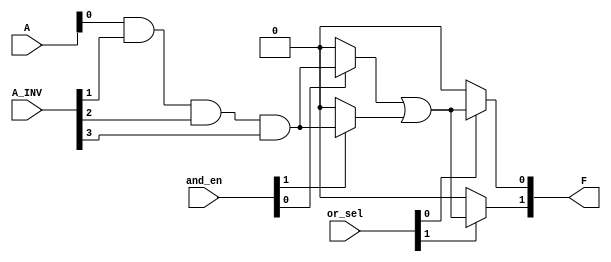
module PLA #(
    parameter NUM_INPUTS = 4,   // Number of inputs A1, A2, A3, ..., An
    parameter NUM_AND_GATES = 4, // Number of programmable AND gates
    parameter NUM_OR_GATES = 2    // Number of programmable OR gates
)(
    input wire [NUM_INPUTS-1:0] A,         // Input signals A1, A2, ..., An
    input wire [NUM_INPUTS-1:0] A_INV,     // Inverted input signals (NOT gates)
    input wire [NUM_AND_GATES-1:0] and_en, // Enable signals for AND gates
    input wire [NUM_OR_GATES-1:0] or_sel,   // Select signals for OR gates
    output wire [NUM_OR_GATES-1:0] F        // Output signals F1, F2, ..., Fk
);

// AND Gate Outputs
wire [NUM_AND_GATES-1:0] P; // Product terms from AND gates

// Generate AND gates with programmability
generate
    genvar i;
    for (i = 0; i < NUM_AND_GATES; i = i + 1) begin : and_gate_block
        assign P[i] = (and_en[i]) ? 
                       ( A[0] & (A_INV[1:0] >> 1) & (A_INV[2:0] >> 2) & (A_INV[3:0] >> 3) ) : 0;
        // The actual logic can be defined as needed. This sketch assumes control with `and_en`.
    end
endgenerate

// OR Gate Outputs
generate
    genvar j;
    for (j = 0; j < NUM_OR_GATES; j = j + 1) begin : or_gate_block
        assign F[j] = (or_sel[j]) ? (P[0] | P[1]) : 0; // Example: ORing of selected AND gates
        // More complex behavior can be defined based on actual requirements and connections.
    end
endgenerate

endmodule